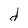
Character: d